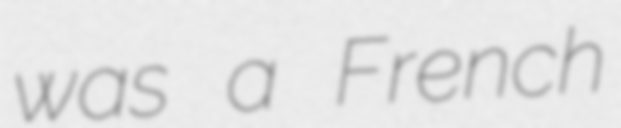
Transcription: was a French